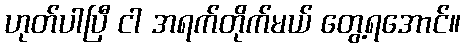
ဟုတ်ပါပြီ ငါ အရက်တိုက်မယ် တွေ့ရအောင်။